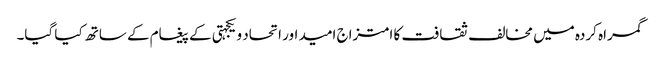
گمراہ کردہ میں مخالف ثقافت کا امتزاج امید اور اتحاد و یکجہتی کے پیغام کے ساتھ کیا گیا۔